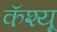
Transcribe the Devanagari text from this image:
कॅश्यू